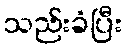
သည်းခံပြီး